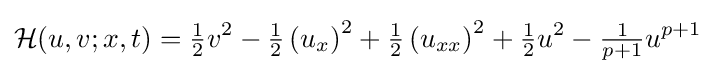
{\mathcal {H}}(u,v;x,t)={\tfrac {1}{2}}v^{2}-{\tfrac {1}{2}}\left(u_{x}\right)^{2}+{\tfrac {1}{2}}\left(u_{xx}\right)^{2}+{\tfrac {1}{2}}u^{2}-{\tfrac {1}{p+1}}u^{p+1}